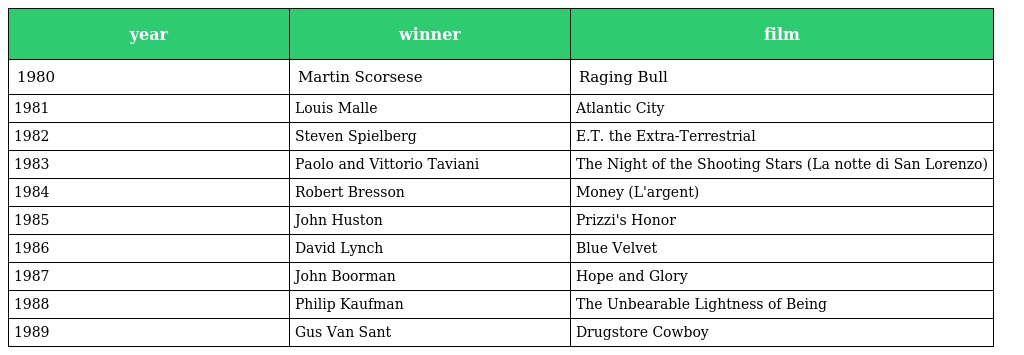
| year | winner | film |
 | --- | --- | --- |
 | 1980 | Martin Scorsese | Raging Bull |
 | 1981 | Louis Malle | Atlantic City |
 | 1982 | Steven Spielberg | E.T. the Extra-Terrestrial |
 | 1983 | Paolo and Vittorio Taviani | The Night of the Shooting Stars (La notte di San Lorenzo) |
 | 1984 | Robert Bresson | Money (L'argent) |
 | 1985 | John Huston | Prizzi's Honor |
 | 1986 | David Lynch | Blue Velvet |
 | 1987 | John Boorman | Hope and Glory |
 | 1988 | Philip Kaufman | The Unbearable Lightness of Being |
 | 1989 | Gus Van Sant | Drugstore Cowboy |